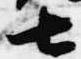
七